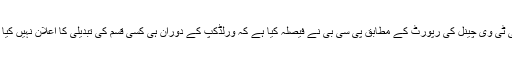
جبکہ نجی ٹی وی چینل کی رپورٹ کے مطابق پی سی بی نے فیصلہ کیا ہے کہ ورلڈکپ کے دوران ہی کسی قسم کی تبدیلی کا اعلان نہیں کیا جائے گا۔